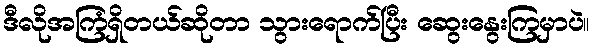
ဒီလိုအကြံရှိတယ်ဆိုတာ သွားရောက်ပြီး ဆွေးနွေးကြမှာပဲ။